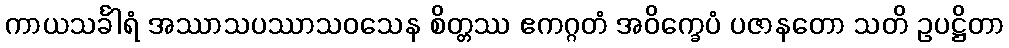
ကာယသင်္ခါရံ အဿာသပဿာသဝသေန စိတ္တဿ ဧကဂ္ဂတံ အဝိက္ခေပံ ပဇာနတော သတိ ဥပဋ္ဌိတာ